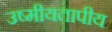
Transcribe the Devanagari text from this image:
उष्मीयतापीय